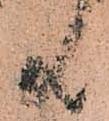
共